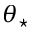
\theta _ { \star }